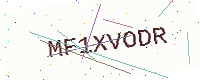
Text: MF1XVODR